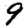
Digit: 9